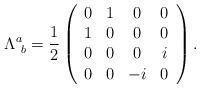
LaTeX: \begin{align*}\Lambda^a_{\ b} = {1 \over 2}\left( \begin{array}{cccc} 0 & 1 & 0 & 0 \\ 1 & 0 & 0 & 0 \\ 0 & 0 & 0 & i \\ 0 & 0 & -i & 0 \end{array} \right).\end{align*}